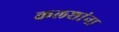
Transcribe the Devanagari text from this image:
कलशांना